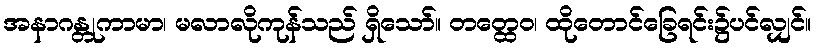
အနာဂန္တုကာမာ၊ မလာလိုကုန်သည် ရှိသော်။ တတ္ထေဝ၊ ထိုတောင်ခြေရင်း၌ပင်လျှင်။